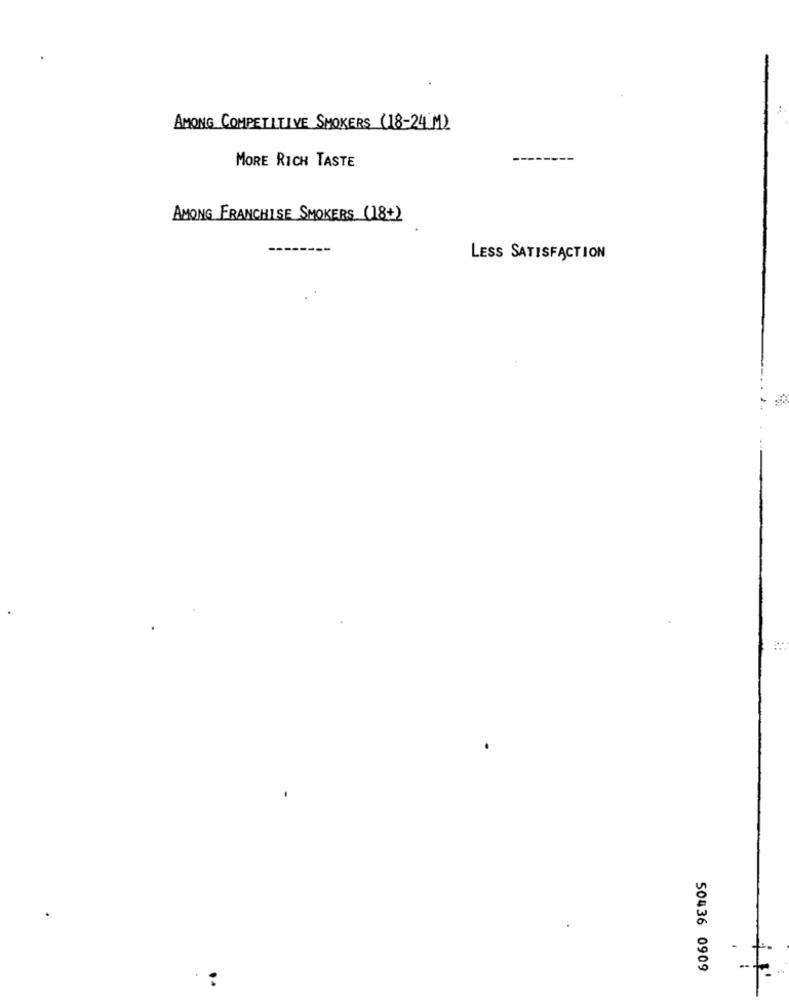
AMONG COMPETITIVE SMOKERS (18-24 M)
MORE RICH TASTE
AMONG FRANCHISE SMOKERS (18+)
LESS SATISFACTION
50436 0909
: